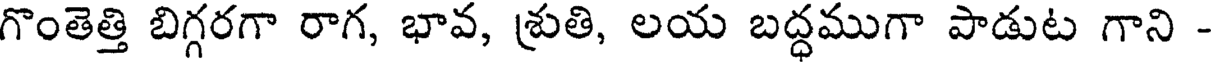
గొంతెత్తి బిగ్గరగా రాగ, భావ, శ్రుతి, లయ బద్ధముగా పాడుట గాని -